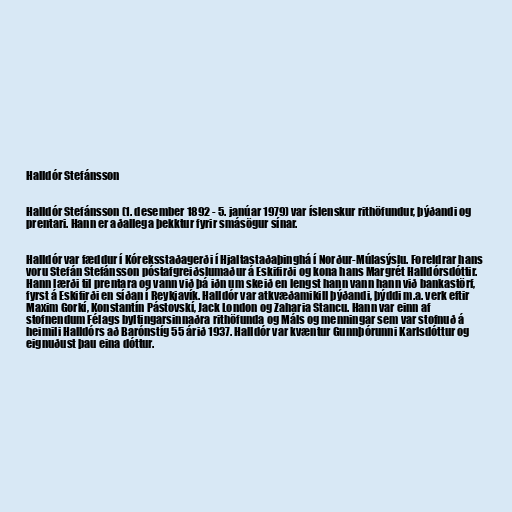
Halldór Stefánsson

Halldór Stefánsson (1. desember 1892 - 5. janúar 1979) var íslenskur rithöfundur, þýðandi og
prentari. Hann er aðallega þekktur fyrir smásögur sínar.

Halldór var fæddur í Kóreksstaðagerði í Hjaltastaðaþinghá í Norður-Múlasýslu. Foreldrar hans
voru Stefán Stefánsson póstafgreiðslumaður á Eskifirði og kona hans Margrét Halldórsdóttir.
Hann lærði til prentara og vann við þá iðn um skeið en lengst hann vann hann við bankastörf,
fyrst á Eskifirði en síðan í Reykjavík. Halldór var atkvæðamikill þýðandi, þýddi m.a. verk eftir
Maxim Gorkí, Konstantín Pástovskí, Jack London og Zaharia Stancu. Hann var einn af
stofnendum Félags byltingarsinnaðra rithöfunda og Máls og menningar sem var stofnuð á
heimili Halldórs að Barónstíg 55 árið 1937. Halldór var kvæntur Gunnþórunni Karlsdóttur og
eignuðust þau eina dóttur.